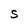
Character: S